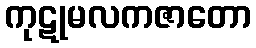
ကုဋုမလကဇာတော